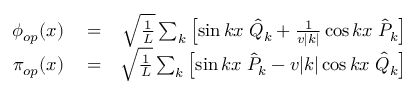
\begin{array} { r l r } { \phi _ { o p } ( x ) } & { { } = } & { \sqrt { \frac { 1 } { L } } \sum _ { k } \left[ \sin k x \; \hat { Q } _ { k } + \frac { 1 } { v | k | } \cos k x \; \hat { P } _ { k } \right] } \\ { \pi _ { o p } ( x ) } & { { } = } & { \sqrt { \frac { 1 } { L } } \sum _ { k } \left[ \sin k x \; \hat { P } _ { k } - v | k | \cos k x \; \hat { Q } _ { k } \right] } \end{array}